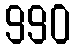
990